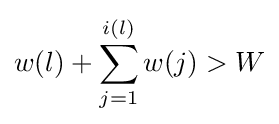
w(l)+\sum _{j=1}^{i(l)}w(j)>W